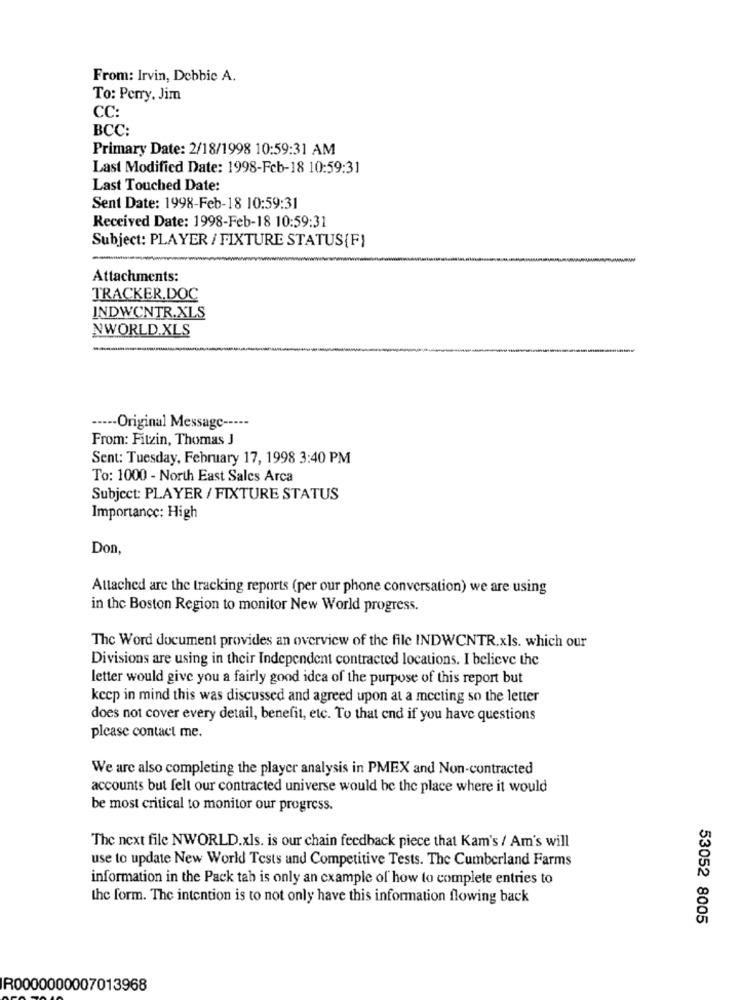
From: Irvin, Debbie A.
To: Perry, Jim
CC:
BCC:
Primary Date: 2/18/1998 10:59:31 AM
Last Modified Date: 1998-Feb-18 10:59:31
Last Touched Date:
Sent Date: 1998-Feb-18 10:59:31
Received Date: 1998-Feb-18 10:59:31
Subject: PLAYER / FIXTURE STATUS{F}
Attachments:
TRACKER.DOC
INDWCNTR.XLS
NWORLD.XLS
----- Original Message -----
From: Fitzin, Thomas J
Sent: Tuesday, February 17, 1998 3:40 PM
To: 1000 - North East Sales Arca
Subject: PLAYER / FIXTURE STATUS
Importance: High
Don,
Attached are the tracking reports (per our phone conversation) we are using
in the Boston Region to monitor New World progress.
The Word document provides an overview of the file INDWCNTR.xls. which our
Divisions are using in their Independent contracted locations. I believe the
letter would give you a fairly good idea of the purpose of this report but
kccp in mind this was discussed and agreed upon at a meeting so the letter
does not cover every detail, benefit, etc. To that end if you have questions
please contact me.
We are also completing the player analysis in PMEX and Non-contracted
accounts but felt our contracted universe would be the place where it would
be most critical to monitor our progress.
The next file NWORLD.xls. is our chain feedback piece that Kam's / Am's will
use to update New World Tests and Competitive Tests. The Cumberland Farms
information in the Pack tah is only an cxample of how to complete entries to
the form. The intention is to not only have this information flowing back
53052 8005
R0000000007013968